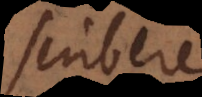
scriber